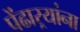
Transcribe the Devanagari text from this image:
पेंढाऱ्यांना